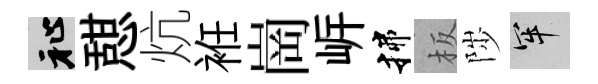
祉憇炕袵崗㟁揲板陟牢